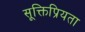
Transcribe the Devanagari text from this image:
सूक्तिप्रियता